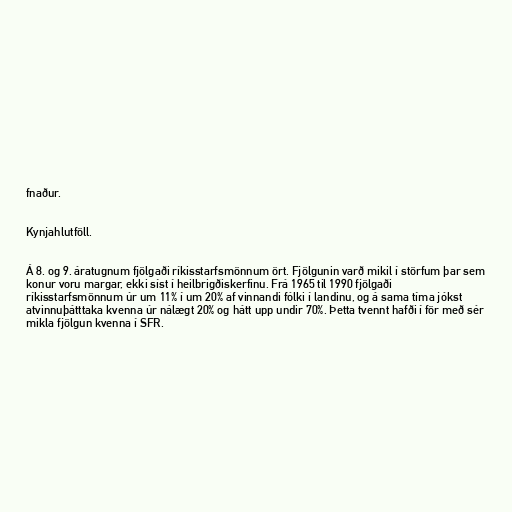
fnaður.

Kynjahlutföll.

Á 8. og 9. áratugnum fjölgaði ríkisstarfsmönnum ört. Fjölgunin varð mikil í störfum þar sem
konur voru margar, ekki síst í heilbrigðiskerfinu. Frá 1965 til 1990 fjölgaði
ríkisstarfsmönnum úr um 11% í um 20% af vinnandi fólki í landinu, og á sama tíma jókst
atvinnuþátttaka kvenna úr nálægt 20% og hátt upp undir 70%. Þetta tvennt hafði í för með sér
mikla fjölgun kvenna í SFR.